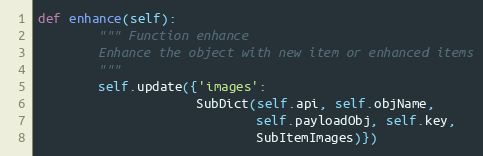
Language: Python
def enhance(self):
        """ Function enhance
        Enhance the object with new item or enhanced items
        """
        self.update({'images':
                     SubDict(self.api, self.objName,
                             self.payloadObj, self.key,
                             SubItemImages)})